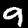
Label: 9